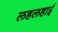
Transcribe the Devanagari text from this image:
लहलहाई